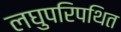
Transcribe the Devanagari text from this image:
लघुपरिपथित